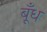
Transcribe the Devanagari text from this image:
बूँध